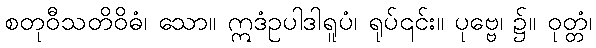
စတုဝီသတိဝိဓံ၊ သော။ ဣဒံဥပါဒါရူပံ၊ ရုပ်၎င်း။ ပုဗ္ဗေ၊ ၌။ ဝုတ္တံ၊